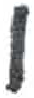
אות: ו